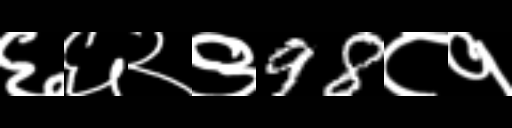
Text: ६६२९98८१